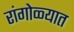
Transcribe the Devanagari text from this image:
रांगोळ्यात